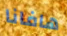
هافانا